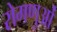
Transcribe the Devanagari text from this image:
रोगणुओं